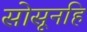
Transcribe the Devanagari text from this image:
सोसूनहि